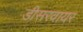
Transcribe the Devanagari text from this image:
डीसरवायर